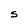
Character: S